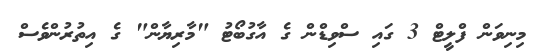
މިނިވަން ފްލީޓް 3 ގައި ސްވިޑްން ގެ އާގުބޯޓު "މާރިޔާން" ގެ އިތުރުންވެސް